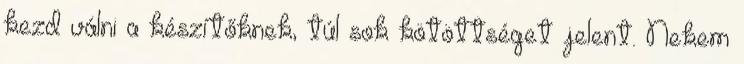
kezd válni a készítőknek, túl sok kötöttséget jelent. Nekem